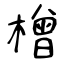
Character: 橧